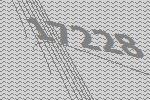
17228